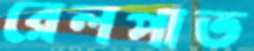
রেলপাত